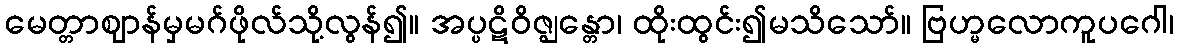
မေတ္တာဈာန်မှမဂ်ဖိုလ်သို့လွန်၍။ အပ္ပဋိဝိဇ္ဈန္တော၊ ထိုးထွင်း၍မသိသော်။ ဗြဟ္မလောကူပဂေါ၊